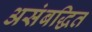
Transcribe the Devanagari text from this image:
असंबद्धित